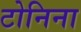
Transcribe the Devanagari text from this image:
टोनिना